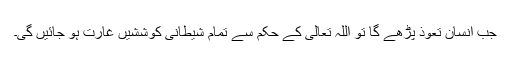
جب انسان تعوذ پڑھے گا تو اللہ تعالیٰ کے حکم سے تمام شیطانی کوششیں غارت ہو جائیں گی۔